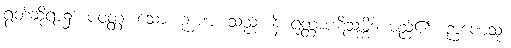
ရွတ်ဆိုရာ၌။ ပဝတ္တံ၊ သော။ ဉာဏံ၊ သည်။ နိ ရုတ္တာပဋိသမ္ဘိဒါ မည်၏။ ဉာဏေသု၊